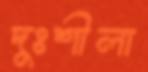
দুঃশীলা